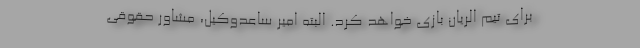
برای تیم الریان بازی خواهد کرد. البته امیر ساعدوکیل، مشاور حقوقی